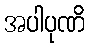
အပါပုဏိ